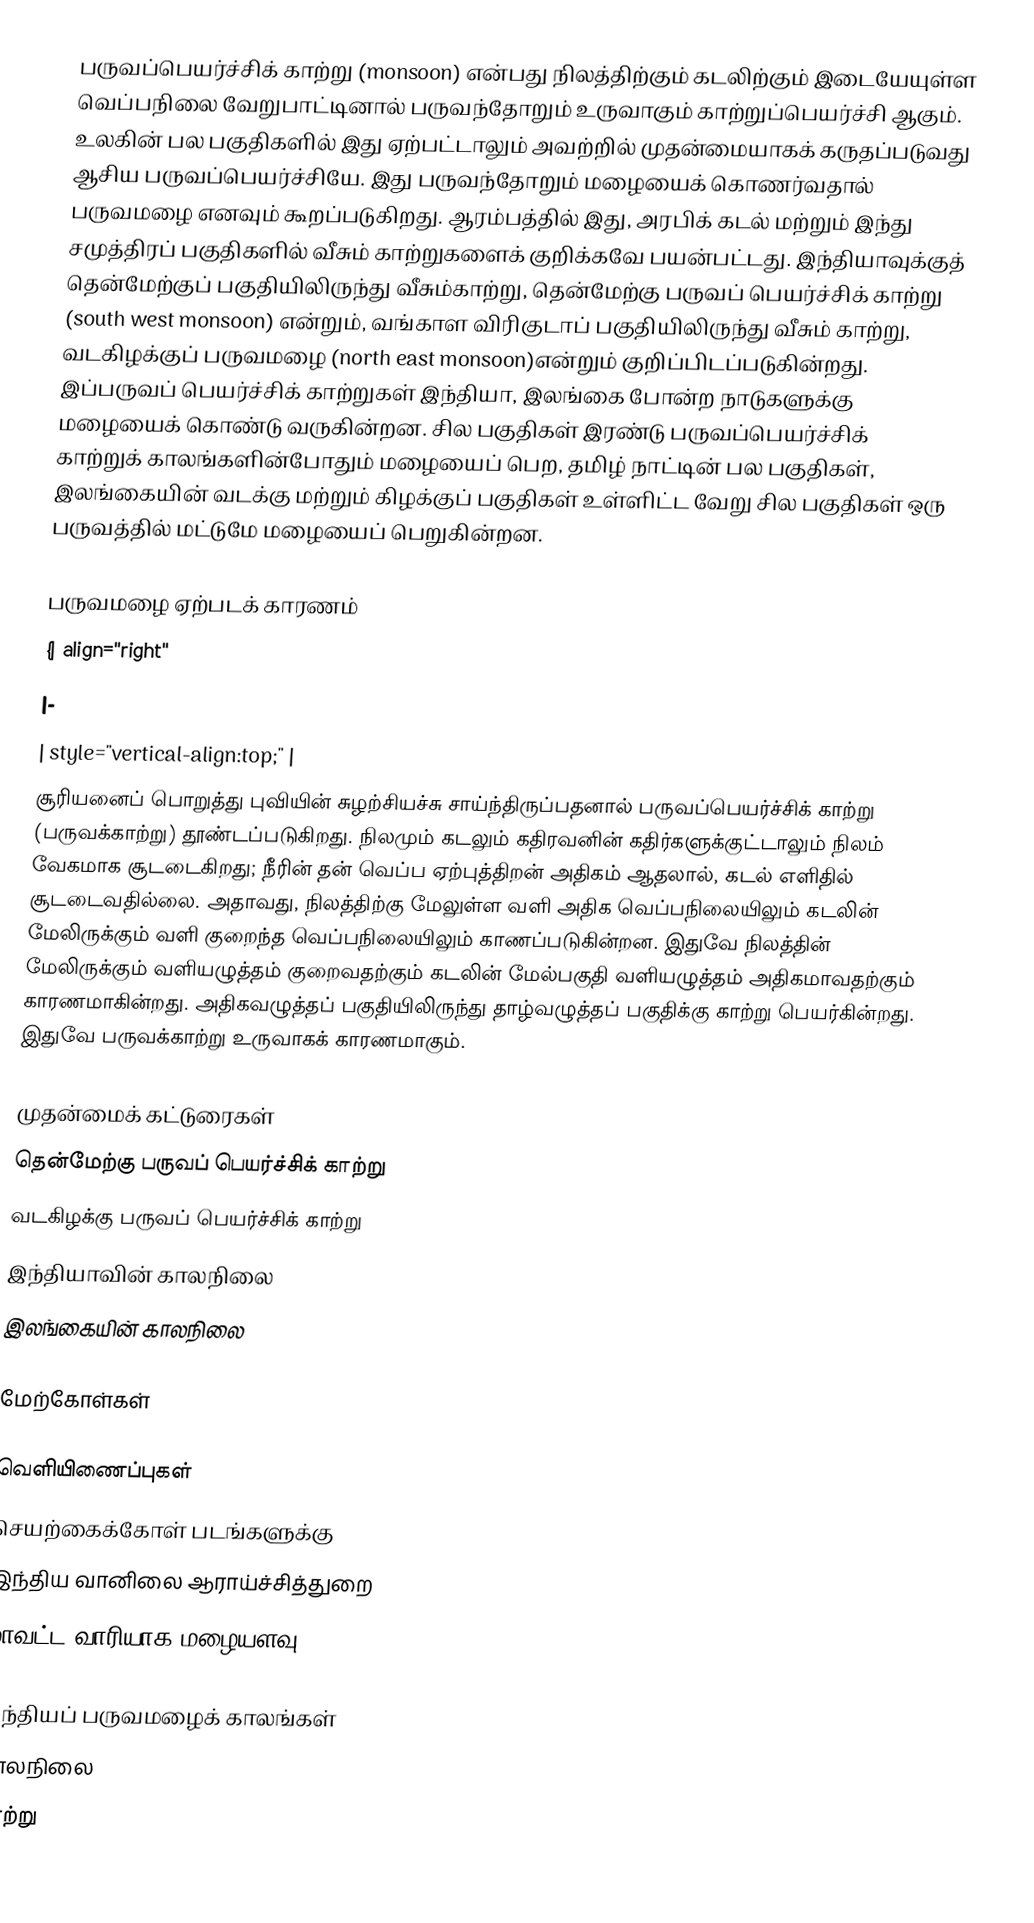
பருவப்பெயர்ச்சிக் காற்று (monsoon) என்பது நிலத்திற்கும் கடலிற்கும் இடையேயுள்ள வெப்பநிலை வேறுபாட்டினால் பருவந்தோறும் உருவாகும் காற்றுப்பெயர்ச்சி ஆகும். உலகின் பல பகுதிகளில் இது ஏற்பட்டாலும் அவற்றில் முதன்மையாகக் கருதப்படுவது ஆசிய பருவப்பெயர்ச்சியே. இது பருவந்தோறும் மழையைக் கொணர்வதால் பருவமழை எனவும் கூறப்படுகிறது. ஆரம்பத்தில் இது, அரபிக் கடல் மற்றும் இந்து சமுத்திரப் பகுதிகளில் வீசும் காற்றுகளைக் குறிக்கவே பயன்பட்டது. இந்தியாவுக்குத் தென்மேற்குப் பகுதியிலிருந்து வீசும்காற்று, தென்மேற்கு பருவப் பெயர்ச்சிக் காற்று (south west monsoon) என்றும், வங்காள விரிகுடாப் பகுதியிலிருந்து வீசும் காற்று, வடகிழக்குப் பருவமழை (north east monsoon)என்றும் குறிப்பிடப்படுகின்றது. இப்பருவப் பெயர்ச்சிக் காற்றுகள் இந்தியா, இலங்கை போன்ற நாடுகளுக்கு மழையைக் கொண்டு வருகின்றன. சில பகுதிகள் இரண்டு பருவப்பெயர்ச்சிக் காற்றுக் காலங்களின்போதும் மழையைப் பெற, தமிழ் நாட்டின் பல பகுதிகள், இலங்கையின் வடக்கு மற்றும் கிழக்குப் பகுதிகள் உள்ளிட்ட வேறு சில பகுதிகள் ஒரு பருவத்தில் மட்டுமே மழையைப் பெறுகின்றன.

பருவமழை ஏற்படக் காரணம்
{| align="right"
|-
| style="vertical-align:top;" |
சூரியனைப் பொறுத்து புவியின் சுழற்சியச்சு சாய்ந்திருப்பதனால் பருவப்பெயர்ச்சிக் காற்று (பருவக்காற்று) தூண்டப்படுகிறது. நிலமும் கடலும் கதிரவனின் கதிர்களுக்குட்டாலும் நிலம் வேகமாக சூடடைகிறது; நீரின் தன் வெப்ப ஏற்புத்திறன் அதிகம் ஆதலால், கடல் எளிதில் சூடடைவதில்லை. அதாவது, நிலத்திற்கு மேலுள்ள வளி அதிக வெப்பநிலையிலும் கடலின் மேலிருக்கும் வளி குறைந்த வெப்பநிலையிலும் காணப்படுகின்றன. இதுவே நிலத்தின் மேலிருக்கும் வளியழுத்தம் குறைவதற்கும் கடலின் மேல்பகுதி வளியழுத்தம் அதிகமாவதற்கும் காரணமாகின்றது. அதிகவழுத்தப் பகுதியிலிருந்து தாழ்வழுத்தப் பகுதிக்கு காற்று பெயர்கின்றது. இதுவே பருவக்காற்று உருவாகக் காரணமாகும்.

முதன்மைக் கட்டுரைகள்
 தென்மேற்கு பருவப் பெயர்ச்சிக் காற்று
 வடகிழக்கு பருவப் பெயர்ச்சிக் காற்று
 இந்தியாவின் காலநிலை
 இலங்கையின் காலநிலை

மேற்கோள்கள்

வெளியிணைப்புகள்
 செயற்கைக்கோள் படங்களுக்கு
 இந்திய வானிலை ஆராய்ச்சித்துறை
 மாவட்ட-வாரியாக மழையளவு

இந்தியப் பருவமழைக் காலங்கள்
காலநிலை
காற்று